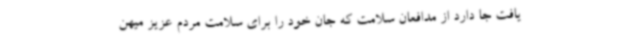
یافت جا دارد از مدافعان سلامت که جان خود را برای سلامت مردم عزیز میهن